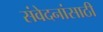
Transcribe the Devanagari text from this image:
संवेदनांसाठी